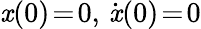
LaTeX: {\mathit{x}(0)\! =\! 0},\, {\dot{{\mathit{x}}}(0)\! =\! 0}